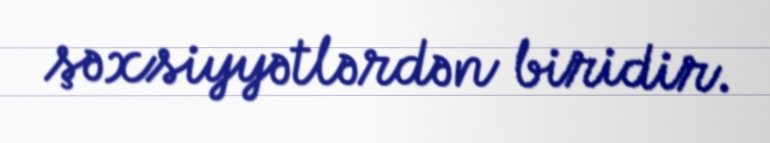
şəxsiyyətlərdən biridir.